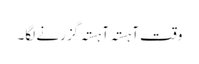
وقت آہستہ آہستہ گزرنے لگا۔